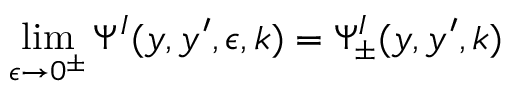
\operatorname* { l i m } _ { \epsilon \to 0 ^ { \pm } } \Psi ^ { I } ( y , y ^ { \prime } , \epsilon , k ) = \Psi _ { \pm } ^ { I } ( y , y ^ { \prime } , k )